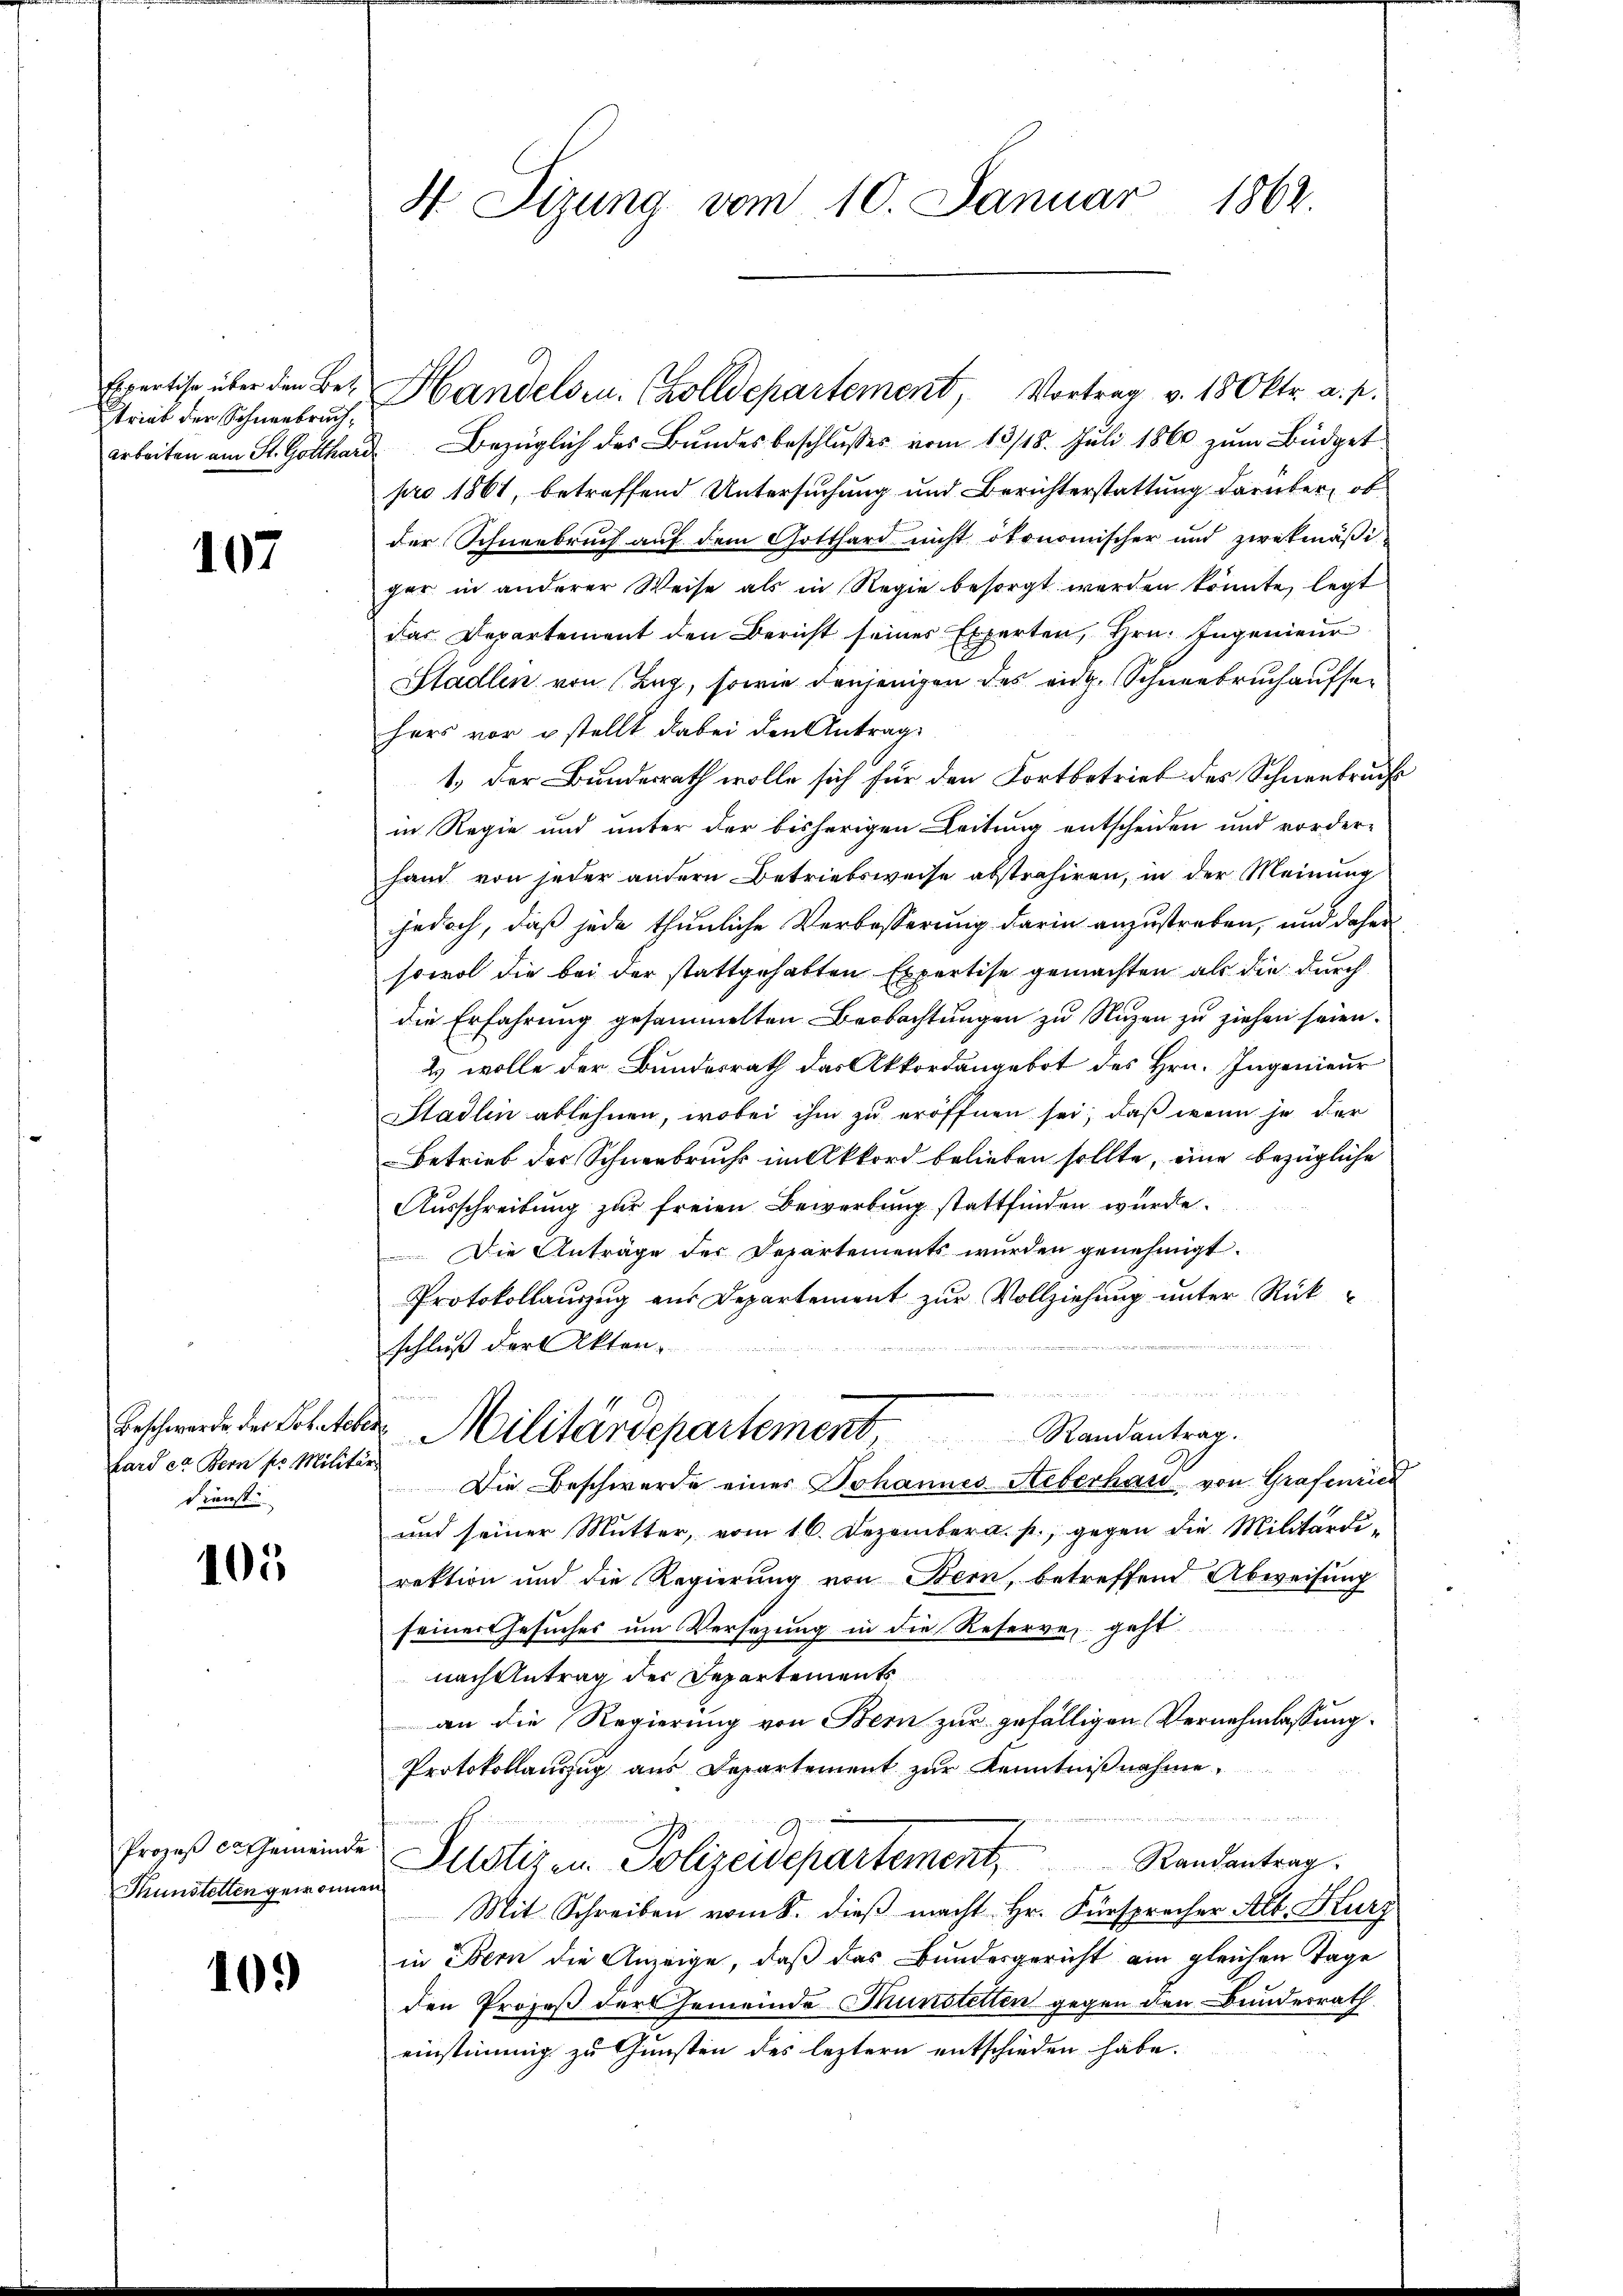
trieb der Schneebruch,
Arbeiten am St. Gotthard

107

hard es Bern pr. Militär
Dienst

105

Thunstetten gewonnen

10.

Expertise über den Be- Handelsen. (Zolldepartement, Vortrag v. 180ktr. a. p.
Bezüglich des Bundesbeschlusses vom 13/18. Juli 1860 zum Büdget
pro 1861, betreffend Untersuchung und Berichterstattung darüber, ob
der Schneebruch auf dem Gotthard nicht otonomischer und zwekmäßi-
ger in anderer Weise als in Regie besorgt werden könnte, legt
das Departement den Bericht seines Experten, Hrn. Ingenieur
Stadlen von (Lag, sowie denjenigen des eidg. Schneebruch aufsehers vor u stellt dabei den Antrag
1.) Der Bundesrath wolle sich für den Fortbetrieb des Schneebruch
in Regie und unter der bisherigen Leitung entscheiden und vorder-
hand von jeder andern Betriebsweise abstrahiren, in der Meinung
jedoch, daß jede thunliche Verbesserung darin anzustreben, und daher
sowol die bei der stattgehabten Expertise gemachten als die durch
die Erfahrung gesammelten Beobachtungen zu Nuzen zu ziehen seien.
& wolle der Bundesrath das Akkordangebot des Hrn. Ingenieur
Stadlin ablehnen, wobei ihm zu eröffnen sei, daß wenn je der
Betrieb der Schneebruchs in Akkord belieben sollte, eine bezügliche
Ausschreibung zur freien Bewerbung stattfinden wurde.
Die Anträge der Departements wurden genehmigt.
Protokollaŭszŭg aŭs Departement zŭr Vollziehŭng ŭnter Rückschluß der Aktenn
Beschwerde der Schelcher Militärdepartement Randantrag.
Die Beschwerde eines Johannes Aeberhard von Grafenried
und seiner Mutter, vom 16. Dezember a. p., gegen die Militärdi-
rektion und die Regierung von Bern, betreffend Abweisung
seiner Gesuches um Versezung in die Reserve, geht
nach Antrag der Departements
an die Regierung von Bern zur gefälligen Vernehmlassung.
Protokollaŭszŭg aŭs Departement zŭr Kenntniβnahme.
Prozeß angemeinde Justizen Polizeidepartement, Randantrag.
Mit Schreiben vom 8. dieβ macht Hr. Fürsprecher Alb. Kurz
in Bern die Anzeige, daß das Bundesgericht am gleichen Tage
den Prozeß der Gemeinde Münstetten gegen den Bundesrath
einstimmig zu Gunsten des leztern entschieden habe.

H Sizung vom 10. Januar 1862.